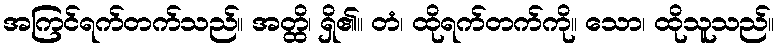
အကြင်ရက်တက်သည်။ အတ္ထိ၊ ရှိ၏။ တံ၊ ထိုရက်တက်ကို။ သော၊ ထိုသူသည်။